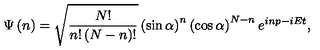
\Psi \left( n \right) = \sqrt { \frac { N ! } { n ! \left( N - n \right) ! } } \left( \sin \alpha \right) ^ { n } \left( \cos \alpha \right) ^ { N - n } e ^ { i n p - i E t } ,